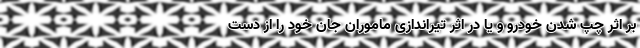
بر اثر چپ شدن خودرو و یا در اثر تیراندازی ماموران جان خود را از دست